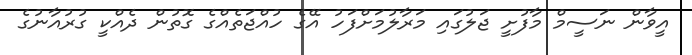
އީވާން ނަސީމް މާފުށީ ޖަލުގައި މަރާލުމަށްފަހު އޭގެ ހުއްޖަތެއްގެ ގޮތުން ދެއްކީ ގުރުއާނުގެ